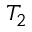
T _ { 2 }